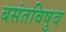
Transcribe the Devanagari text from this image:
बसंतविषुव